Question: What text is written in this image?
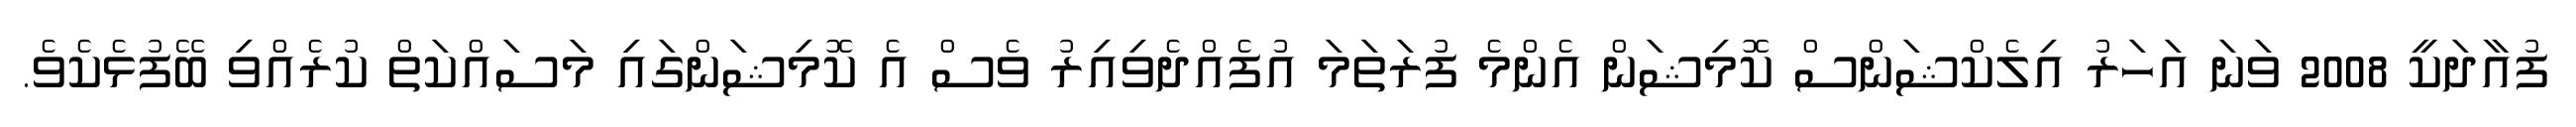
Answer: ފުއާދަކީ 2008 ވަނަ އަހަރު އިލެކްޝަންސް ކޮމިޝަން އެންމެ ފުރަތަމަ އުފެއްދެވިއިރު ވެސް އެ ކޮމިޝަންގައި މަސައްކަތް ކުރެއްވި ބޭފުޅެކެވެ.